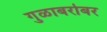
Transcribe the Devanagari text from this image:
गुळाबरोबर